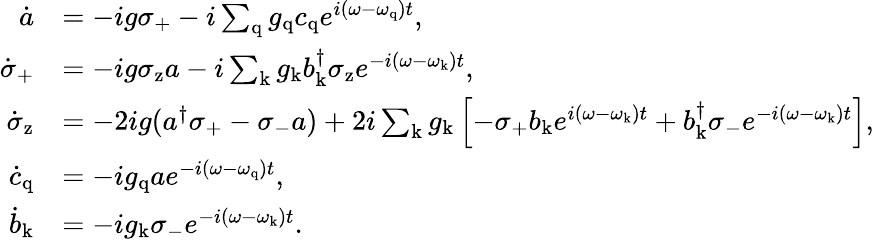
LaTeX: \begin{array}{rl}{\dot{a}}&{=-ig\sigma_{\mathrm{+}}-i\sum_{\mathrm{q}}g_{\mathrm{q}}c_{\mathrm{q}}e^{i(\omega-\omega_{\mathrm{q}})t},}\\ {\dot{\sigma}_{\mathrm{+}}}&{=-ig\sigma_{\mathrm{z}}a-i\sum_{\mathrm{k}}g_{\mathrm{k}}b_{\mathrm{k}}^{\dagger}\sigma_{\mathrm{z}}e^{-i(\omega-\omega_{\mathrm{k}})t},}\\ {\dot{\sigma}_{\mathrm{z}}}&{=-2ig(a^{\dagger}\sigma_{\mathrm{+}}-\sigma_{\mathrm{-}}a)+2i\sum_{\mathrm{k}}g_{\mathrm{k}}\left[-\sigma_{\mathrm{+}}b_{\mathrm{k}}e^{i(\omega-\omega_{\mathrm{k}})t}+b_{\mathrm{k}}^{\dagger}\sigma_{\mathrm{-}}e^{-i(\omega-\omega_{\mathrm{k}})t}\right],}\\ {\dot{c}_{\mathrm{q}}}&{=-ig_{\mathrm{q}}ae^{-i(\omega-\omega_{\mathrm{q}})t},}\\ {\dot{b}_{\mathrm{k}}}&{=-ig_{\mathrm{k}}\sigma_{\mathrm{-}}e^{-i(\omega-\omega_{\mathrm{k}})t}.}\end{array}